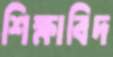
শিক্ষাবিদ